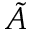
\tilde { A }